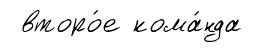
второ́е кома́нда